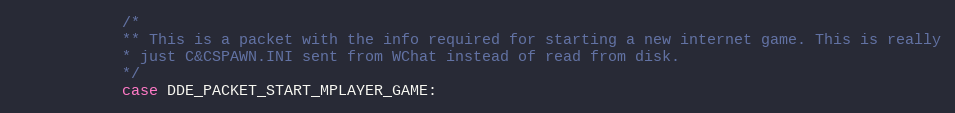
Language: C++
			/*
			** This is a packet with the info required for starting a new internet game. This is really
		 	* just C&CSPAWN.INI sent from WChat instead of read from disk.
			*/
			case DDE_PACKET_START_MPLAYER_GAME: